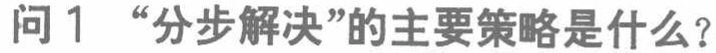
问1 “分步解决”的主要策略是什么？